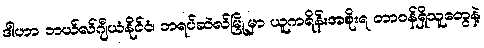
ဒါဟာ ဘယ်လ်ဂျီယံနိုင်ငံ၊ ဘရပ်ဆဲလ်မြို့မှာ ယူကရိန်းအစိုးရ တာဝန်ရှိသူတွေနဲ့